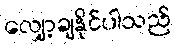
လျှော့ချနိုင်ပါသည်